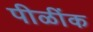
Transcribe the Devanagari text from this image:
पीळींक